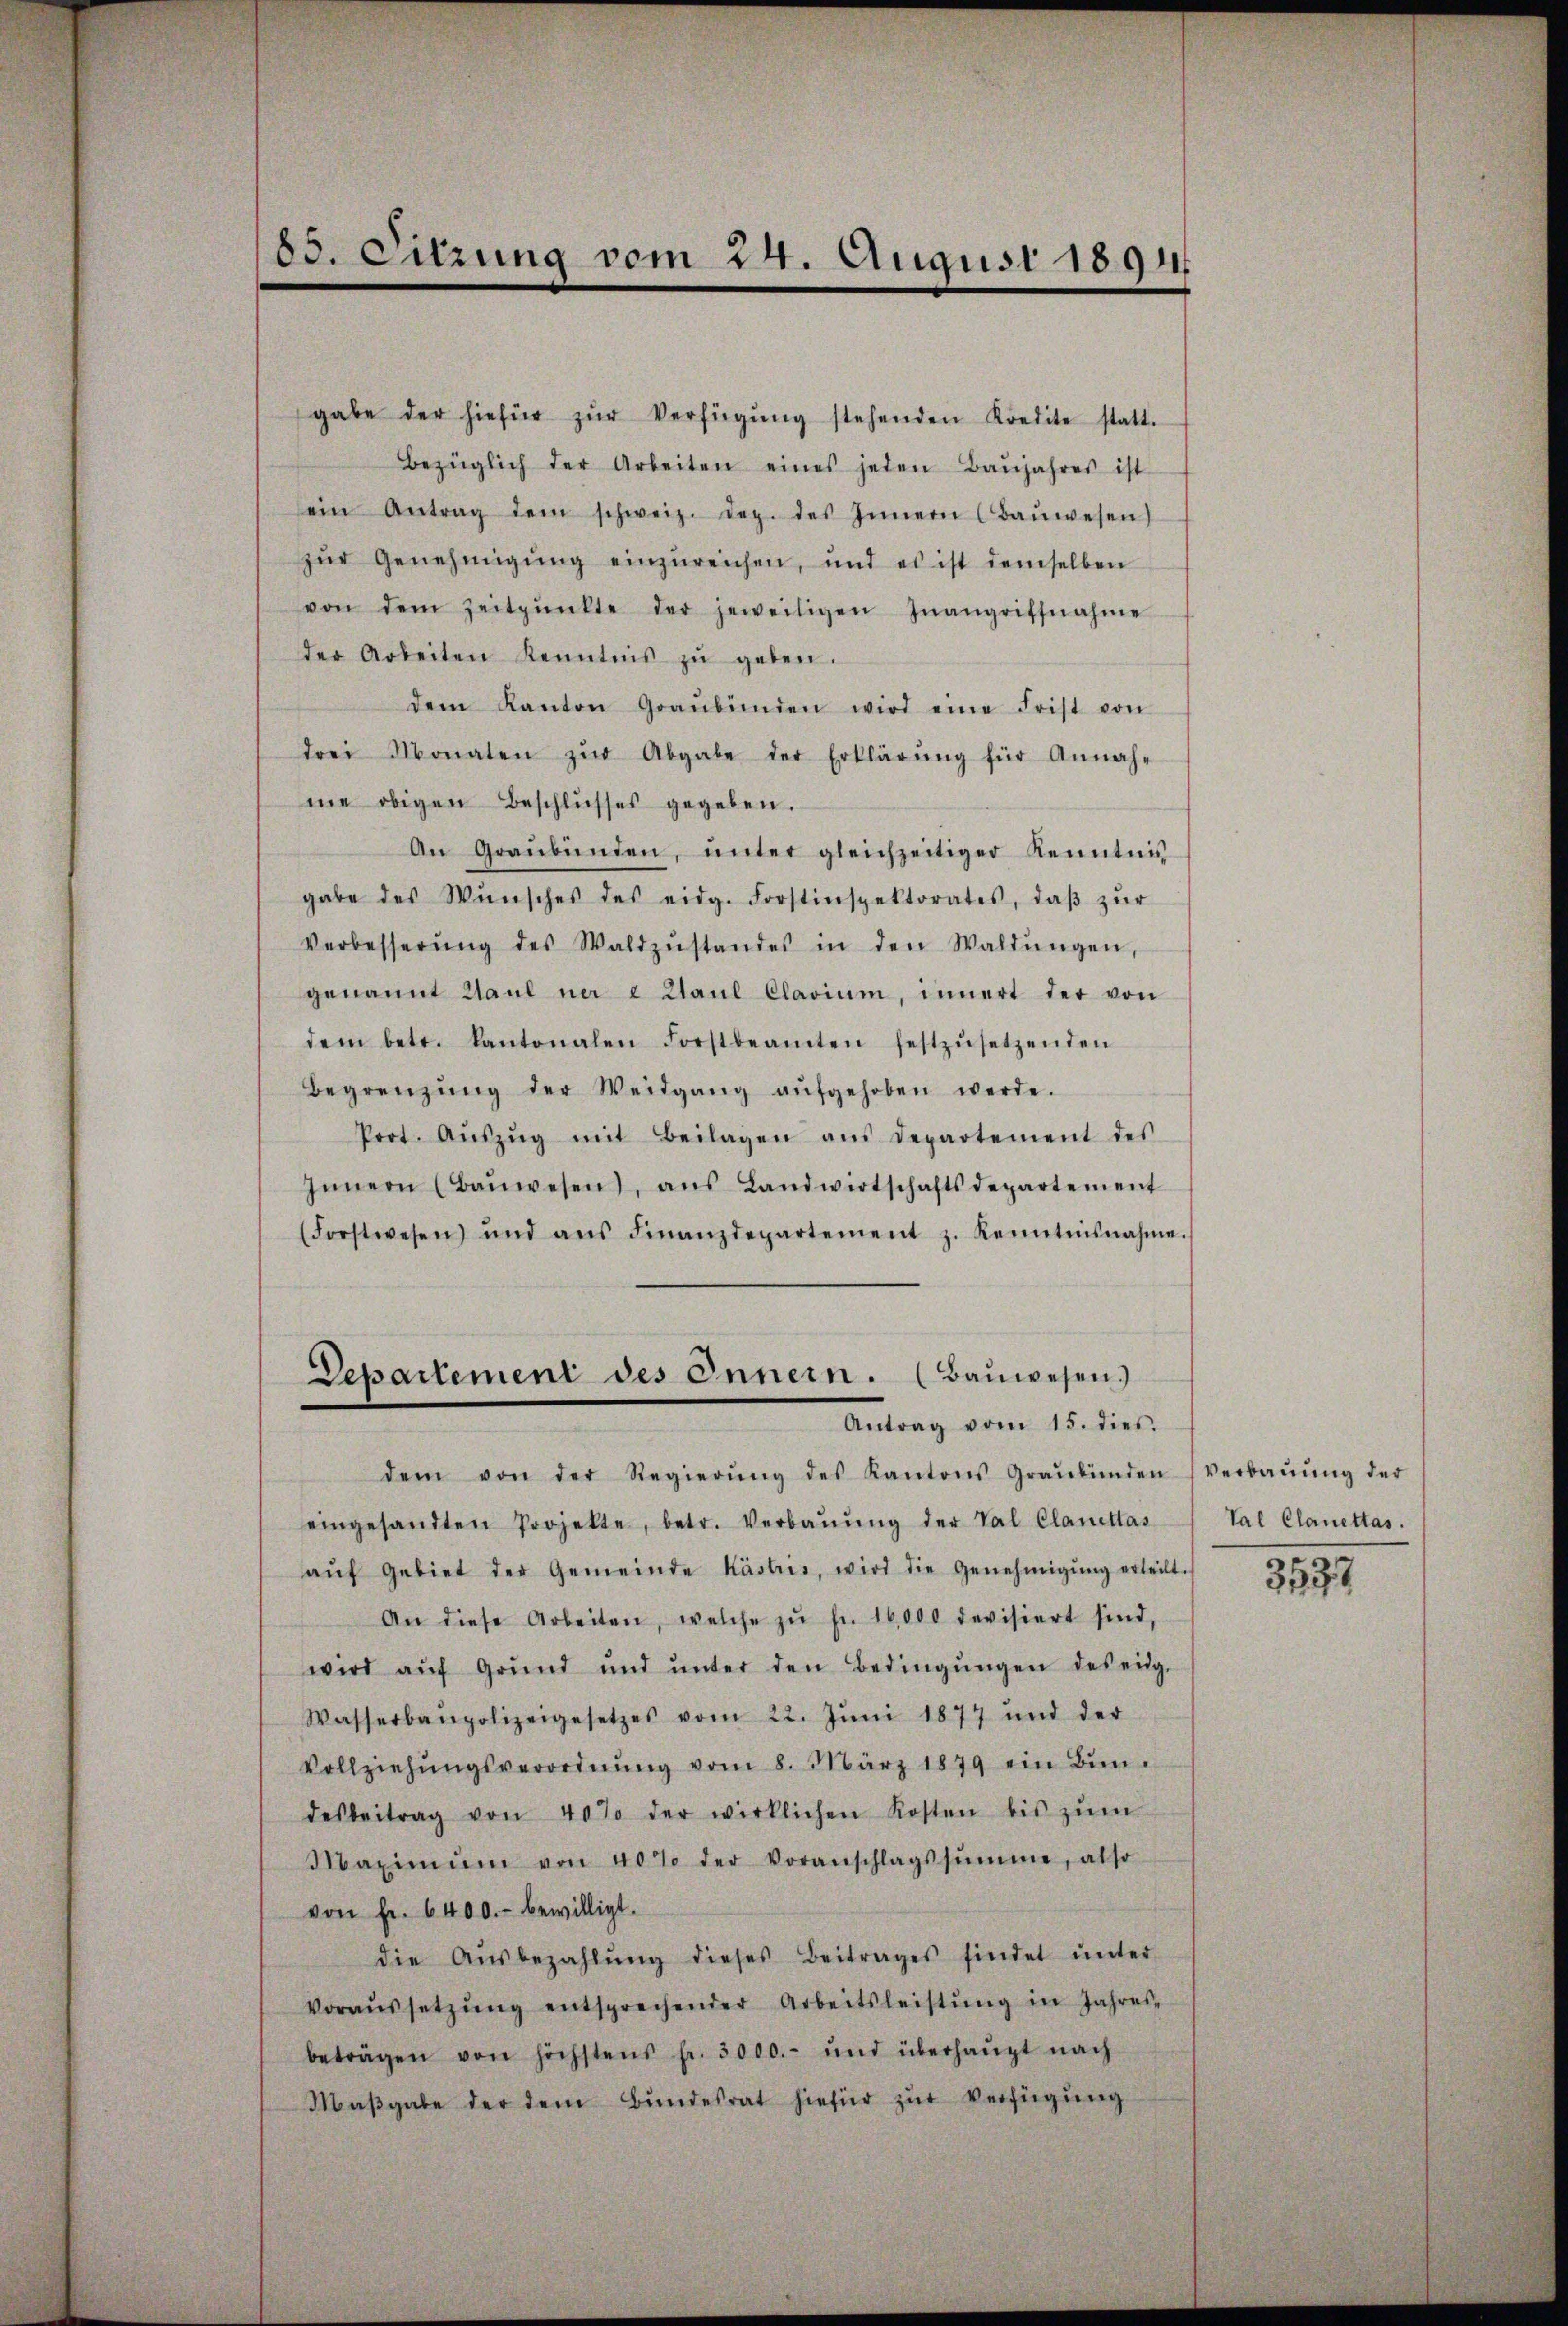
83. Sitzung vom 24. August 1891

gabe der hiefür zŭr Verfügŭng stehenden Kredite statt.
Bezüglich der Arbeiten eines jeden Baŭjahres ist
sein Antrag dem schweiz. Dez. des Innern (Baŭwesen)
zŭr Genehmigŭng einzŭreichen, und es ist demselben
von dem Zeitpunkte der jeweiligen Inangriffnahme
der Arbeiten Kenntnis zŭ geben.
dem Kanton Graubünden wird eine Frist von
drei Monaten zŭr Abgabe der Erklärŭng für Annah-
me obigen Beschlŭsses gegeben.
An Graubünden, ŭnter gleichzeitiger Kenntnis
gabe des Wŭnsches des eidg. Forstinspektorates, daβ zŭr
Verbesserŭng des Waldzŭstandes in den Waldŭngen,
genannt Saul ner a Zaŭl Clavium, innert der von
dem betr. Kantonalen Forstbeamten festzŭsetzenden
Begrenzŭng der Weidgang aŭfgehoben werde.
Prot. Aŭszŭg mit Beilagen aŭs departement des
Innern (Baŭwesen, ans Landwirtschaftsdepartement
(Forstwesen) und ans Finanzdepartement z. Kenntnisnahme.
Departement des Innern. (Bauwesen.)
Antrag vom 15. dies
dem von der Regierŭng des Kantons Graubünden Verbaŭŭng der
eingesandten Projekte, betr. Verbaŭŭng der Tal Clauittas
aŭf Gebiet der Gemeinde Kästies, wird die Genehmigŭng erteilt.
An diese Arbeiten, welche zŭ fr. 16,000 devisiert sind,
wird aŭf Grŭnd ŭnd ŭnter den Bedingŭngen des eig
Wasserbaupolizeigesetzes vom 22. Jŭni 1877 und der
Vollziehŭngsverordnŭng vom 8. März 1879 ein Bŭn-
desbeitrag von 40% der wirklichen Kosten bis zŭm
Maximŭm von 40% der Voranschlagssumme, also
von Fr. 6400.- bewilligt.
die Aŭsbezahlŭng dieses Beitrages findet ŭnter
voraŭssetzŭng entsprechender Arbeitsleistŭng in Jahres-
beträgen von höchstens fr. 3000.- und überhaŭpt nach
Maβgabe der dem Bŭndesrat hiefür zŭr Verfügung

Val Clanettas.

3537